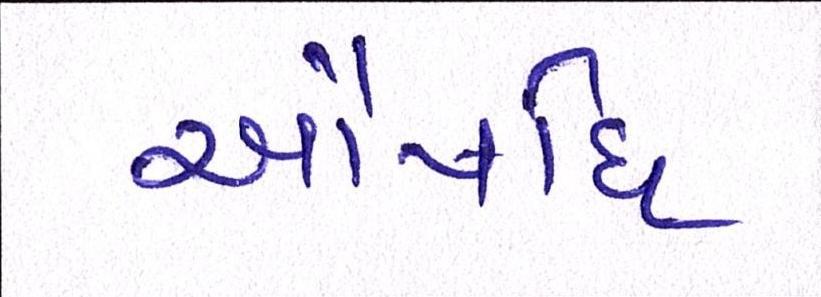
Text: ઔષધિ